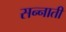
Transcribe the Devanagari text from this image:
सन्नाती